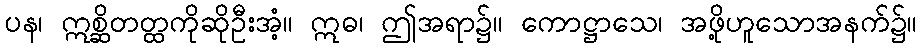
ပန၊ ဣစ္ဆိတတ္ထကိုဆိုဦးအံ့။ ဣဓ၊ ဤအရာ၌။ ကောဋ္ဌာသေ၊ အဖို့ဟူသောအနက်၌။